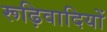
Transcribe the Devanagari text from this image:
रूढ़िवादियों